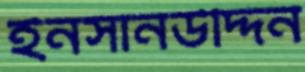
ইনসানউদ্দিন